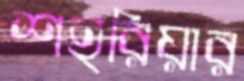
শহরিয়ার